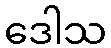
ဒေါသ